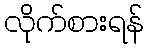
လိုက်စားရန်